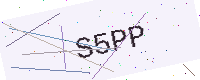
Text: S5PP